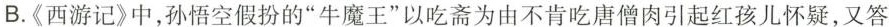
B.《西游记》中，孙悟空假扮的”牛魔王”以吃斋为由不肯吃唐僧肉引起红孩儿怀疑，又答